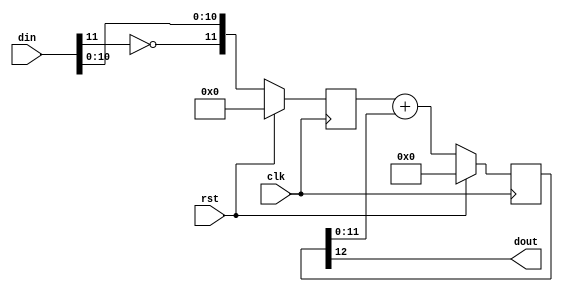
module jt12_dac #(parameter width=12)
(
	input	clk,
    input	rst,
    input	signed	[width-1:0] din,
    output	dout
);
localparam acc_w = width+1;

reg [width-1:0] nosign;
reg [acc_w-1:0] acc;
wire [acc_w-2:0] err = acc[acc_w-2:0];

assign dout = acc[acc_w-1];

always @(posedge clk) 
if( rst ) begin
	acc <= {(acc_w){1'b0}};
	nosign <= {width{1'b0}};
end
else begin
	nosign <= { ~din[width-1], din[width-2:0] };
	acc <= nosign + err;
end

endmodule